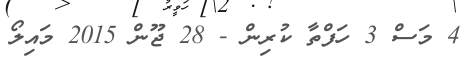
4 މަސް 3 ހަފްތާ ކުރިން - 28 ޖޫން 2015 މައިލޯ